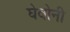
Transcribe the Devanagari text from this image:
घेवोनी